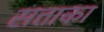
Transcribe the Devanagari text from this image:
सत्ताका